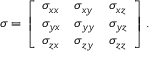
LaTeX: { \boldsymbol { \sigma } } = \left[ { \begin{array} { l l l } { \sigma _ { x x } } & { \sigma _ { x y } } & { \sigma _ { x z } } \\ { \sigma _ { y x } } & { \sigma _ { y y } } & { \sigma _ { y z } } \\ { \sigma _ { z x } } & { \sigma _ { z y } } & { \sigma _ { z z } } \end{array} } \right] .